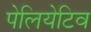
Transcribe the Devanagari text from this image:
पेलियेटिव